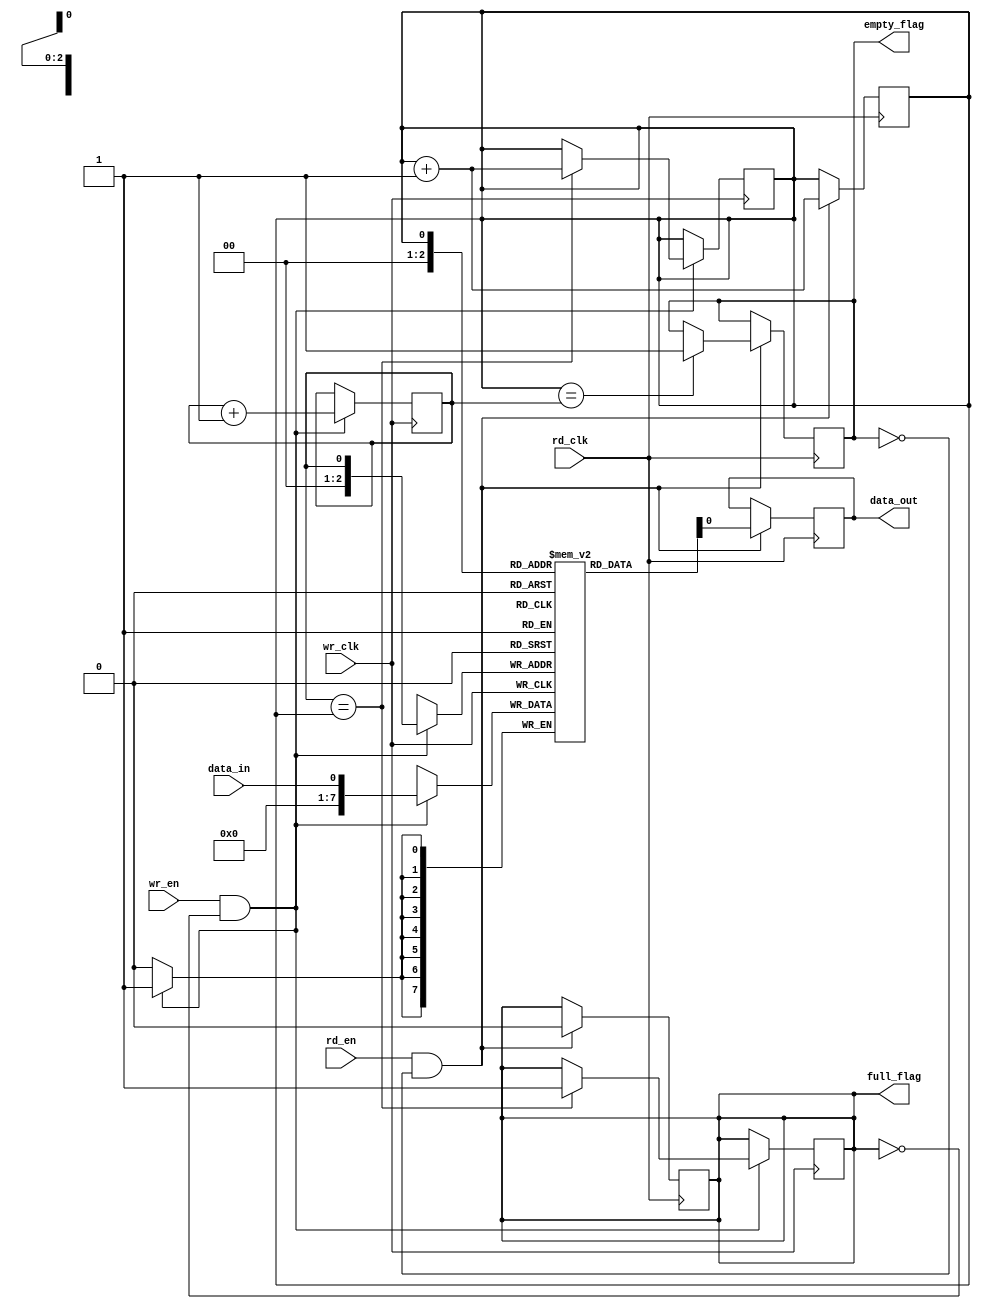
module synchronous_fifo(
    input wire wr_clk,
    input wire rd_clk,
    input wire wr_en,
    input wire rd_en,
    input wire data_in,
    output wire data_out,
    output reg empty_flag,
    output reg full_flag
);

parameter FIFO_DEPTH = 8;
reg [7:0] fifo[FIFO_DEPTH-1:0];
reg wr_ptr, rd_ptr;

// Write side logic
always @(posedge wr_clk) begin
    if(wr_en && !full_flag) begin
        fifo[wr_ptr] <= data_in;
        wr_ptr <= wr_ptr + 1;
        if(wr_ptr == FIFO_DEPTH-1) begin
            full_flag <= 1;
        end
        if(wr_ptr == rd_ptr) begin
            full_flag <= 1;
            rd_ptr <= rd_ptr + 1;
        end
    end
end

// Read side logic
always @(posedge rd_clk) begin
    if(rd_en && !empty_flag) begin
        data_out <= fifo[rd_ptr];
        rd_ptr <= rd_ptr + 1;
        if(rd_ptr == wr_ptr) begin
            empty_flag <= 1;
        end
        if(rd_ptr == FIFO_DEPTH) begin
            rd_ptr <= 0;
        end
        full_flag <= 0;
    end
end

// Initialize FIFO pointers and flags
initial begin
    wr_ptr <= 0;
    rd_ptr <= 0;
    empty_flag <= 1;
    full_flag <= 0;
end

endmodule